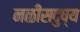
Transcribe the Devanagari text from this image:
नळीसदुष्य